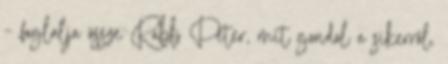
– foglalja össze Rabb Péter, mit gondol a sikerrôl.